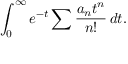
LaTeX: \int _ { 0 } ^ { \infty } e ^ { - t } \sum { \frac { a _ { n } t ^ { n } } { n ! } } \, d t .